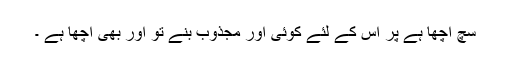
سچ اچھا ہے پر اس کے لئے کوئی اور مجذوب بنے تو اور بھی اچھا ہے ۔